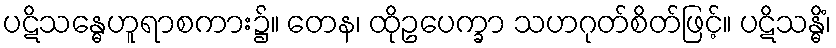
ပဋိသန္ဓေဟူရာစကား၌။ တေန၊ ထိုဥပေက္ခာ သဟဂုတ်စိတ်ဖြင့်။ ပဋိသန္ဓိံ၊